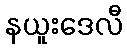
နယူးဒေလီ